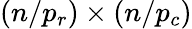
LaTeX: (n/p_{r})\times(n/p_{c})